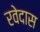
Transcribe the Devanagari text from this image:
रवेदास